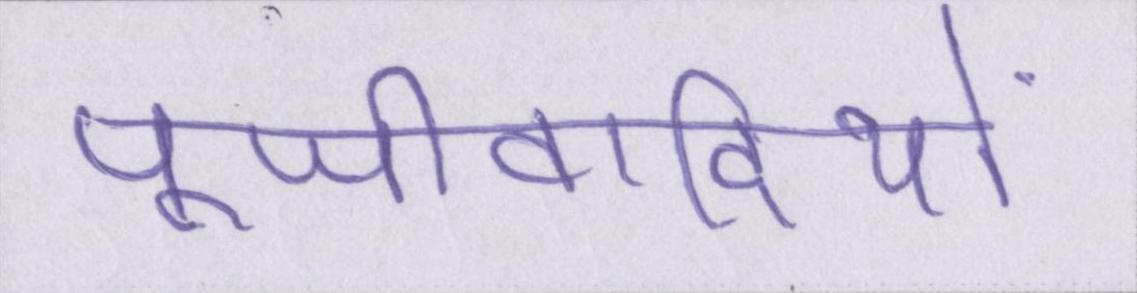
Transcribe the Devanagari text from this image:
पूँजीवादियों